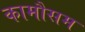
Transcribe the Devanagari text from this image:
कामौसम